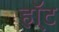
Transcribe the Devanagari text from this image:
हॉ्ट